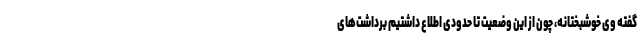
گفته وی خوشبختانه، چون از این وضعیت تا حدودی اطلاع داشتیم برداشت‌های